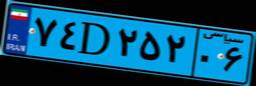
۷۴D۲۵۲۰۶